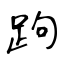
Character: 跔